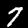
Label: 7